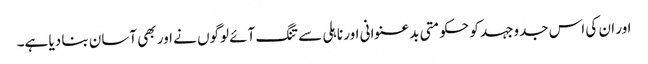
اور ان کی اس جدوجہد کو حکومتی بدعنوانی اور ناہلی سے تنگ آئے لوگوں نے اور بھی آسان بنا دیا ہے۔